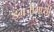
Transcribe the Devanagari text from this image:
इंग्रजीमध्यी